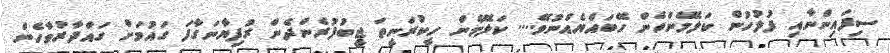
ސިފައިންނާއި ފުލުހުން ކަލޭމެންހެން ހޭބައްޔެއްނުވޭ.... ކަލޭމެން ހީކުރަނީތަ ޖީބުފުރެންދެން ރުފިޔާނަގާފަ ގައުމަށް ގައްދާރުވާހެން